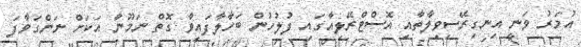
އުމަރު ވަނީ އިނގިރޭސިވިލާތާއި އޮސްޓްރޭލިއާގައި ފުލުހުން ބަހާލާފައިވާ ގޮތް ނަމޫނާ އަކަށް ނަންގަވާފަ